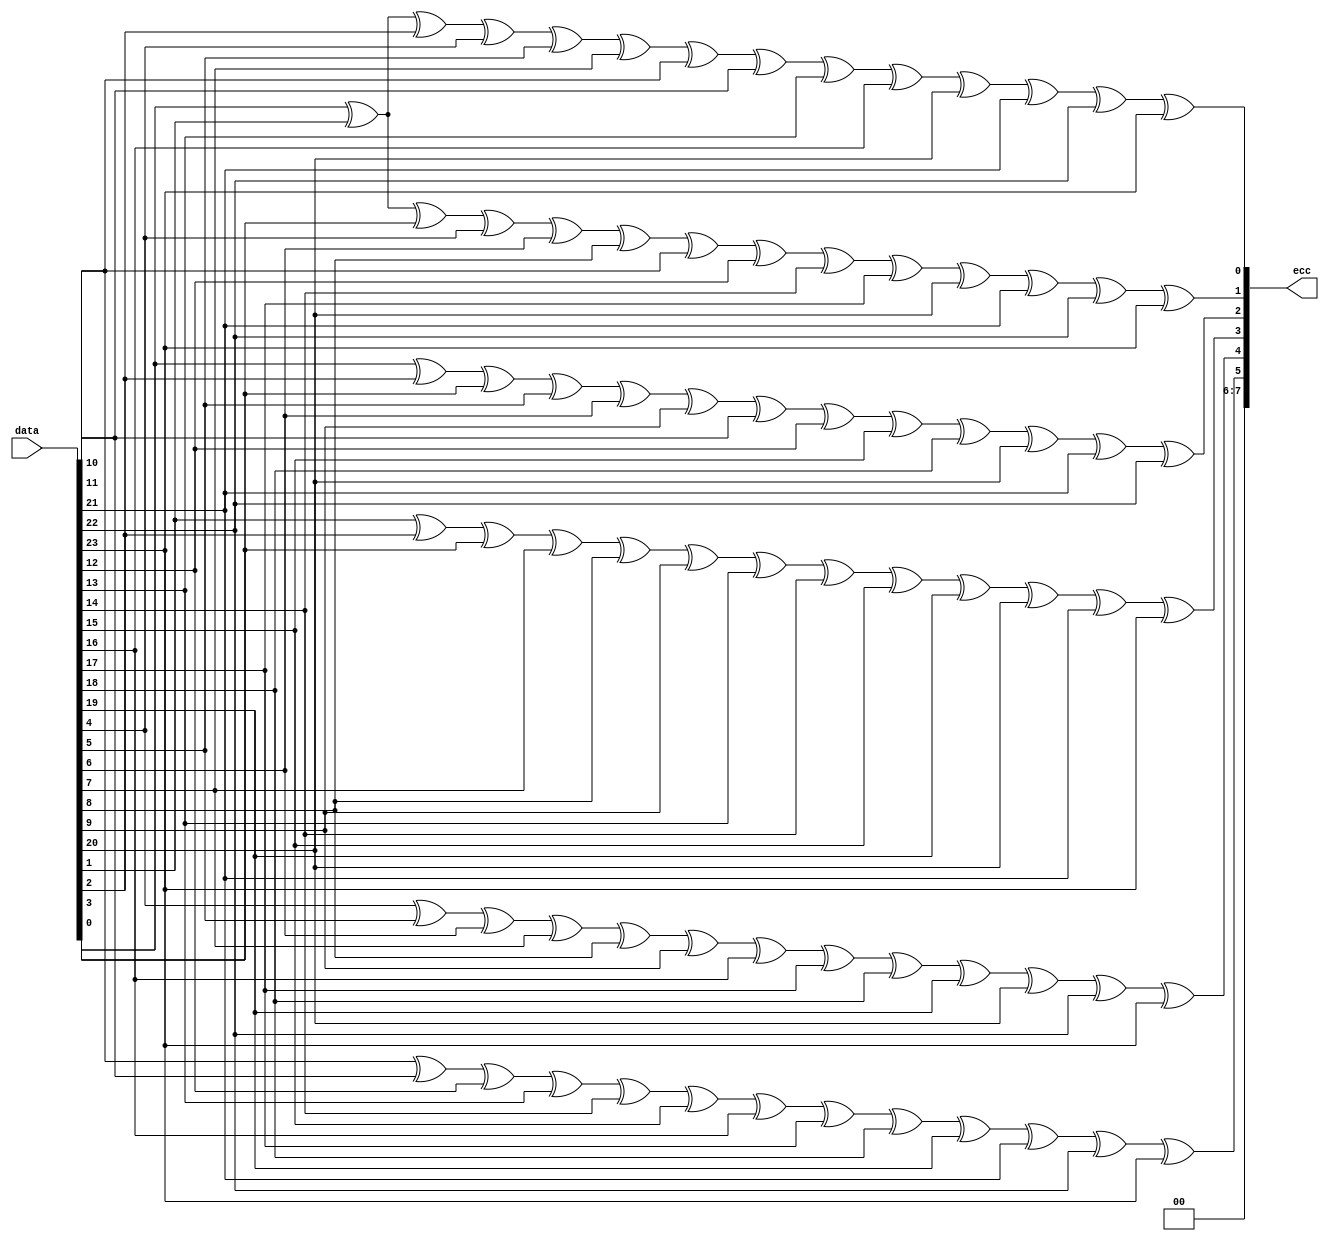
/**
 * MIPI CSI-2 header ECC computation
 */

 module csi_header_ecc (
	 input [23:0] data,
	 output [7:0] ecc
);
	assign ecc[7:6] = 2'b00;
	assign ecc[5] = data[10] ^ data[11] ^ data[12] ^ data[13] ^ data[14] ^ data[15] ^ data[16] ^ data[17] ^ data[18] ^ data[19] ^ data[21] ^ data[22] ^ data[23];
	assign ecc[4] = data[4] ^ data[5] ^ data[6] ^ data[7] ^ data[8] ^ data[9] ^ data[16] ^ data[17] ^ data[18] ^ data[19] ^ data[20] ^ data[22] ^ data[23];
	assign ecc[3] = data[1] ^ data[2] ^ data[3] ^ data[7] ^ data[8] ^ data[9] ^ data[13] ^ data[14] ^ data[15] ^ data[19] ^ data[20] ^ data[21] ^ data[23];
	assign ecc[2] = data[0] ^ data[2] ^ data[3] ^ data[5] ^ data[6] ^ data[9] ^ data[11] ^ data[12] ^ data[15] ^ data[18] ^ data[20] ^ data[21] ^ data[22];
	assign ecc[1] = data[0] ^ data[1] ^ data[3] ^ data[4] ^ data[6] ^ data[8] ^ data[10] ^ data[12] ^ data[14] ^ data[17] ^ data[20] ^ data[21] ^ data[22] ^ data[23];
	assign ecc[0] = data[0] ^ data[1] ^ data[2] ^ data[4] ^ data[5] ^ data[7] ^ data[10] ^ data[11] ^ data[13] ^ data[16] ^ data[20] ^ data[21] ^ data[22] ^ data[23];
endmodule